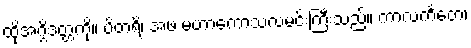
ထိုအဂ္ဂိဒတ္တကို။ ပိတရိ၊ အဖ မဟာကောသလမင်းကြီးသည်။ ကာလင်္ကတေ၊